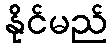
နိုင်မည်